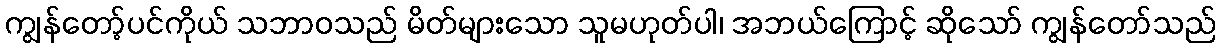
ကျွန်တော့်ပင်ကိုယ် သဘာဝသည် မိတ်များသော သူမဟုတ်ပါ၊ အဘယ်ကြောင့် ဆိုသော် ကျွန်တော်သည်